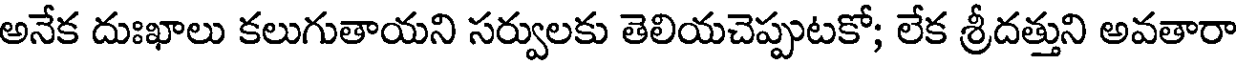
అనేక దుఃఖాలు కలుగుతాయని సర్వులకు తెలియచెప్పుటకో; లేక శ్రీదత్తుని అవతారా